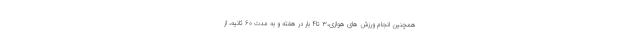
همچنین انجام ورزش های هوازی،۳ تا۴ بار در هفته و به مدت ۶۰ ثانیه، از